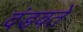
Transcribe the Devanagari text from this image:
दंडवतें